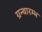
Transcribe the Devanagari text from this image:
ग्रन्थारम्भ